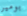
بومير